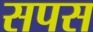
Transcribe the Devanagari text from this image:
सपस